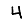
Digit: 4